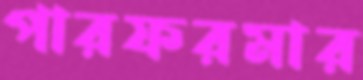
পারফরমার